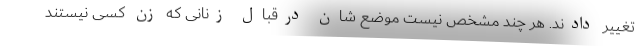
تغییر دادند. هر چند مشخص نیست موضع شان درقبال زنانی که زنِ کسی نیستند